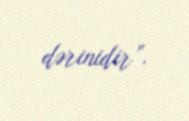
dərinidir”.